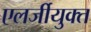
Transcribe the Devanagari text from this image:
एलर्जीयुक्त